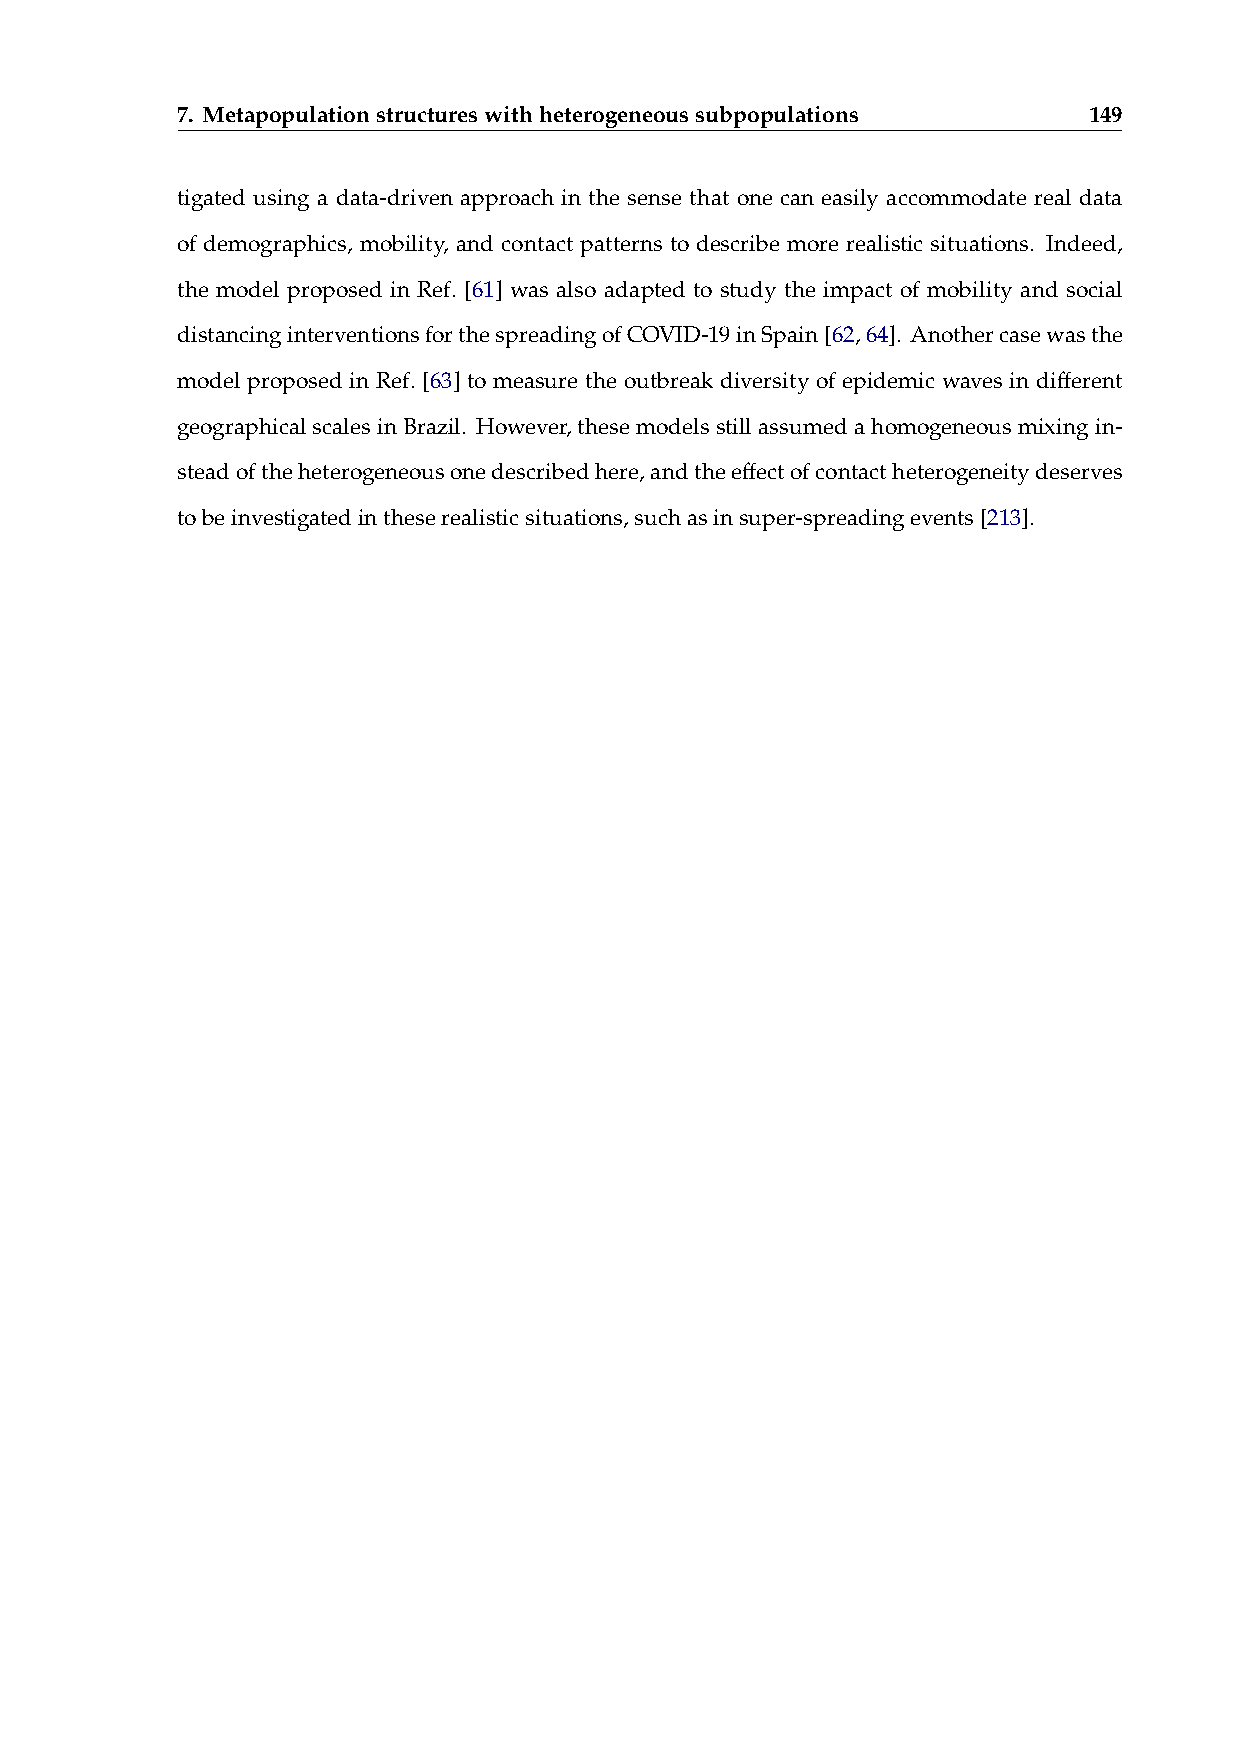
7. Metapopulationstructureswithheterogeneoussubpopulations  149
 tigated using a data-driven approach in the sense that one can easily accommodate real data
 of demographics, mobility, and contact patterns to describe more realistic situations. Indeed,
 the model proposed in Ref. [61] was also adapted to study the impact of mobility and social
 distancinginterventionsforthespreadingofCOVID-19inSpain[62,64]. Anothercasewasthe
 model proposed in Ref. [63] to measure the outbreak diversity of epidemic waves in different
 geographicalscalesinBrazil. However,thesemodelsstillassumedahomogeneousmixingin-
 steadoftheheterogeneousonedescribedhere,andtheeffectofcontactheterogeneitydeserves
 tobeinvestigatedintheserealisticsituations,suchasinsuper-spreadingevents[213].